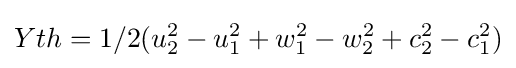
Yth=1/2(u_{2}^{2}-u_{1}^{2}+w_{1}^{2}-w_{2}^{2}+c_{2}^{2}-c_{1}^{2})